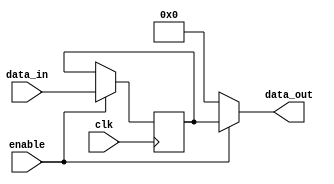
module Bypass_Register (
    input wire [7:0] data_in,
    input wire clk,
    input wire enable,
    output reg [7:0] data_out
);

reg [7:0] storage_reg;

always @(posedge clk) begin
    if (enable) begin
        storage_reg <= data_in;
    end
end

always @* begin
    if (enable) begin
        data_out = storage_reg;
    end else begin
        data_out = 8'b0;
    end
end

endmodule